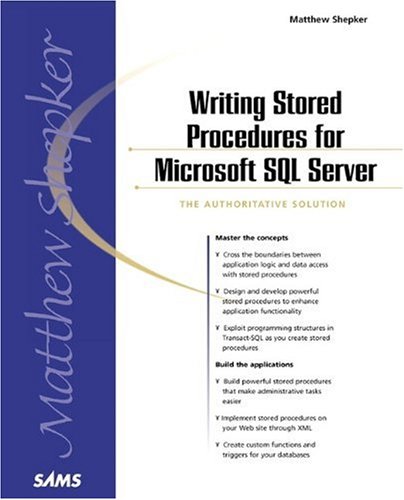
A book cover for Writing Stored Procedures for Microsoft SQL Server; Matt Shepker; Computers & Technology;